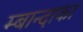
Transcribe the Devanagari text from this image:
म्बान्दाका